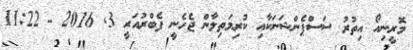
މޮރީނިއޯ އިތުރު ސަސްޕެންޝަނަކާއި ކުރިމަތިލާން ޖެހެނީ ފެބްރުއަރީ 3